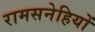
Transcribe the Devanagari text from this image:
रामसनेहियों